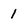
Character: 1